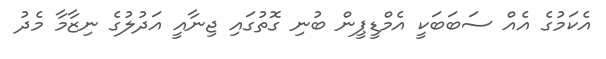
އެކަމުގެ އެއް ސަބަބަކީ އެމްޑީޕީން ބުނި ގޮތުގައި ޖިނާއީ އަދުލުގެ ނިޒާމާ މެދު